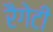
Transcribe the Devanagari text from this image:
रैगेटी